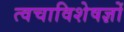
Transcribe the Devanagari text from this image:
त्वचाविशेषज्ञों